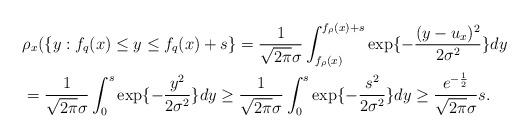
LaTeX: \begin{align*} &\rho_x(\{y: f_{q}(x)\leq y \leq f_{q}(x)+s\}=\frac{1}{\sqrt{2\pi}\sigma}\int_{f_\rho(x)}^{f_\rho(x)+s} \exp\{-\frac{(y-u_x)^2}{2\sigma^2}\}dy\\ &=\frac{1}{\sqrt{2\pi}\sigma}\int_{0}^{s} \exp\{-\frac{y^2}{2\sigma^2}\}dy\geq\frac{1}{\sqrt{2\pi}\sigma}\int_{0}^{s} \exp\{-\frac{s^2}{2\sigma^2}\}dy\geq\frac{e^{-\frac{1}{2}}}{\sqrt{2\pi}\sigma}s. \end{align*}